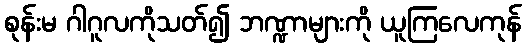
စုန်းမ ဂါဂူလကိုသတ်၍ ဘဏ္ဍာများကို ယူကြလေကုန်